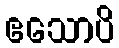
ဧသောပိ